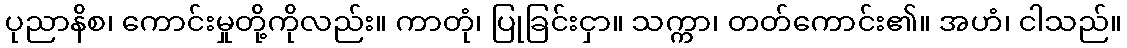
ပုညာနိစ၊ ကောင်းမှုတို့ကိုလည်း။ ကာတုံ၊ ပြုခြင်းငှာ။ သက္ကာ၊ တတ်ကောင်း၏။ အဟံ၊ ငါသည်။